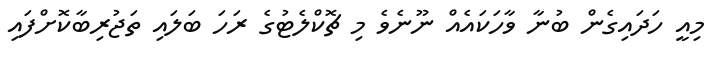
މިއީ ހަދައިގެން ބުނާ ވާހަކައެއް ނޫނެވެ މި ޗޮކްލެޓުގެ ރަހަ ބަލައި ތަޖުރިބާކޮށްފައި